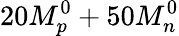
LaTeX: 20M_{p}^{0}+50M_{n}^{0}